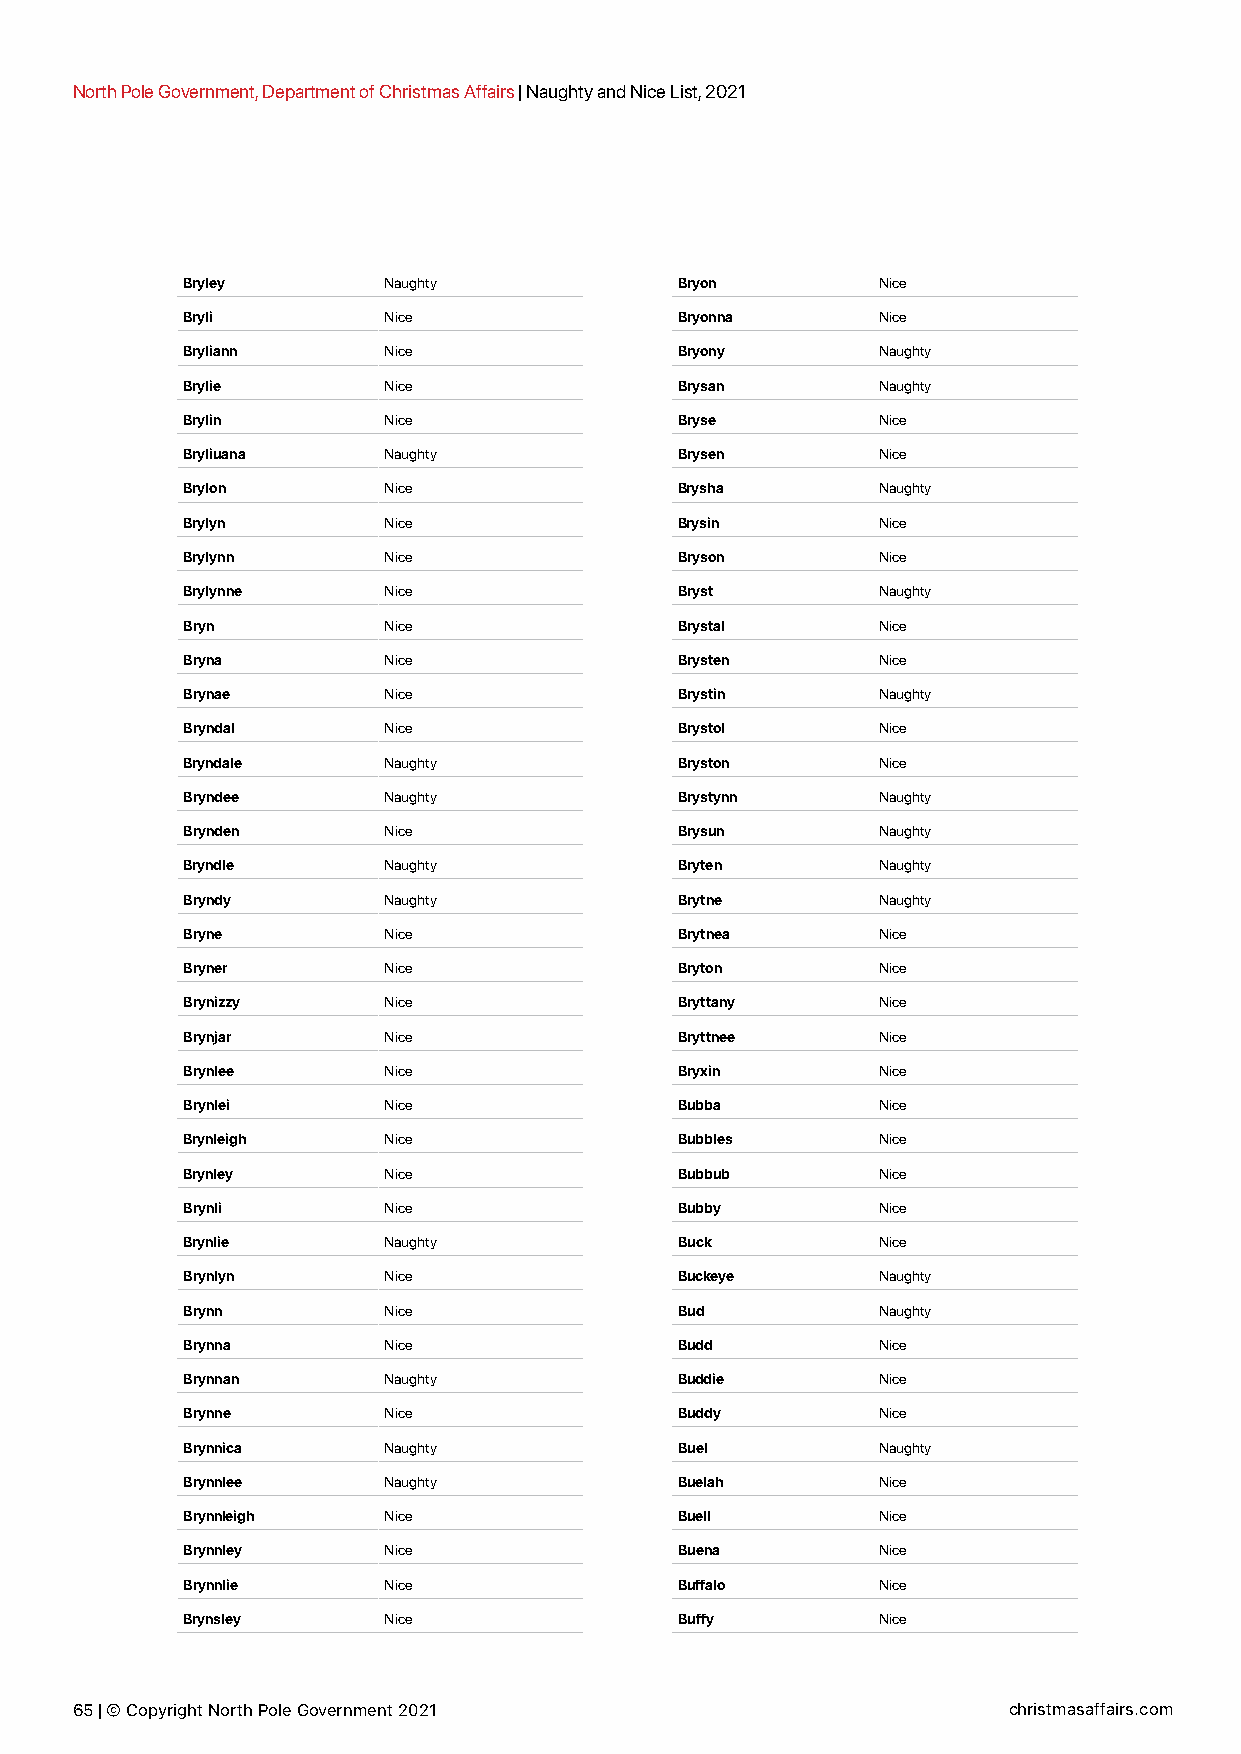
North Pole Government, Department of Christmas Affairs | Naughty and Nice List, 2021
 Bryley       Naughty             Bryon        Nice
 Bryli        Nice                Bryonna      Nice
 Bryliann     Nice                Bryony       Naughty
 Brylie       Nice                Brysan       Naughty
 Brylin       Nice                Bryse        Nice
 Bryliuana    Naughty             Brysen       Nice
 Brylon       Nice                Brysha       Naughty
 Brylyn       Nice                Brysin       Nice
 Brylynn      Nice                Bryson       Nice
 Brylynne     Nice                Bryst        Naughty
 Bryn         Nice                Brystal      Nice
 Bryna        Nice                Brysten      Nice
 Brynae       Nice                Brystin      Naughty
 Bryndal      Nice                Brystol      Nice
 Bryndale     Naughty             Bryston      Nice
 Bryndee      Naughty             Brystynn     Naughty
 Brynden      Nice                Brysun       Naughty
 Bryndle      Naughty             Bryten       Naughty
 Bryndy       Naughty             Brytne       Naughty
 Bryne        Nice                Brytnea      Nice
 Bryner       Nice                Bryton       Nice
 Brynizzy     Nice                Bryttany     Nice
 Brynjar      Nice                Bryttnee     Nice
 Brynlee      Nice                Bryxin       Nice
 Brynlei      Nice                Bubba        Nice
 Brynleigh    Nice                Bubbles      Nice
 Brynley      Nice                Bubbub       Nice
 Brynli       Nice                Bubby        Nice
 Brynlie      Naughty             Buck         Nice
 Brynlyn      Nice                Buckeye      Naughty
 Brynn        Nice                Bud          Naughty
 Brynna       Nice                Budd         Nice
 Brynnan      Naughty             Buddie       Nice
 Brynne       Nice                Buddy        Nice
 Brynnica     Naughty             Buel         Naughty
 Brynnlee     Naughty             Buelah       Nice
 Brynnleigh   Nice                Buell        Nice
 Brynnley     Nice                Buena        Nice
 Brynnlie     Nice                Buffalo      Nice
 Brynsley     Nice                Buffy        Nice
 65 | © Copyright North Pole Government 2021                   christmasaffairs.com